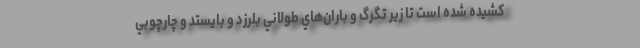
كشيده شده است تا زير تگرگ و باران‌هاي طولاني بلرزد و بايستد و چارچوبي